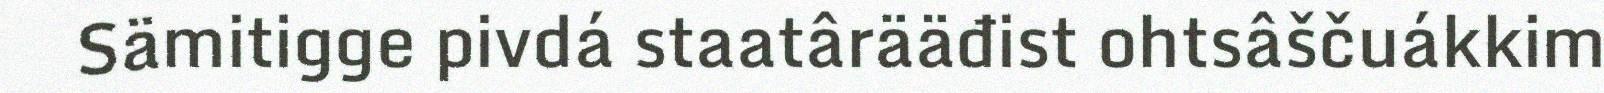
Sämitigge pivdá staatârääđist ohtsâščuákkim